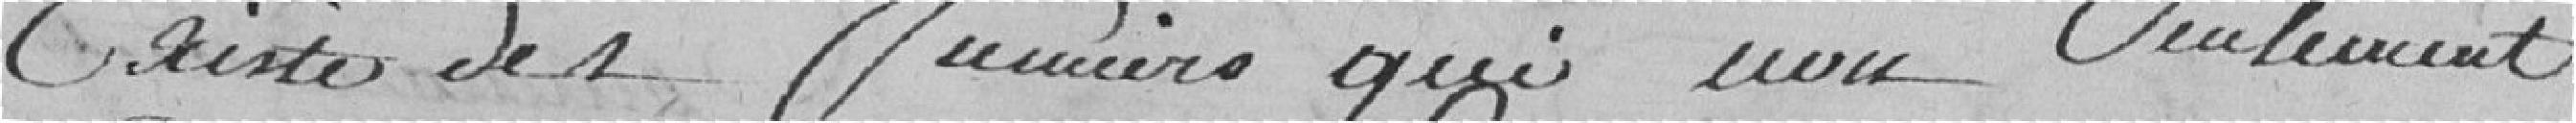
existe des fumiers qui non seulement